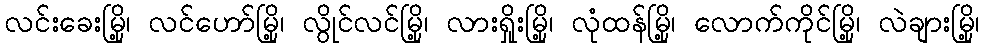
လင်းခေးမြို့၊ လင်ဟော်မြို့၊ လွိုင်လင်မြို့၊ လားရှိုးမြို့၊ လုံထန်မြို့၊ လောက်ကိုင်မြို့၊ လဲချားမြို့၊